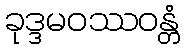
ခုဒ္ဒမဝဿဝန္တံ